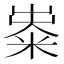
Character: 𥺋